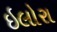
ઇલોરા